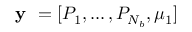
\textbf { y } = [ P _ { 1 } , \dots , P _ { N _ { b } } , \mu _ { 1 } ]